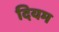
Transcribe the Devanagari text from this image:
दियम